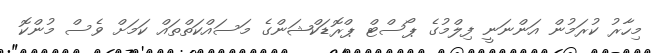
މިހާރު ކުރަމުން އަންނަނީ ފިލްމުގެ ޕޯސްޓް ޕްރޮޑަކްޝަންގެ މަސައްކަތްތައް ކަމަށް ވެސް މުންކޮ